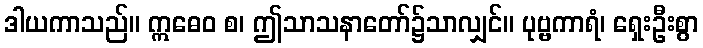
ဒါယကာသည်။ ဣဓေဝ စ၊ ဤသာသနာတော်၌သာလျှင်။ ပုဗ္ဗကာရံ၊ ရှေးဦးစွာ